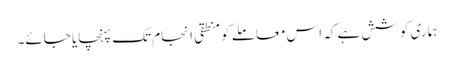
ہماری کوشش ہے کہ اس معاملے کو منطقی انجام تک پہنچایا جائے۔